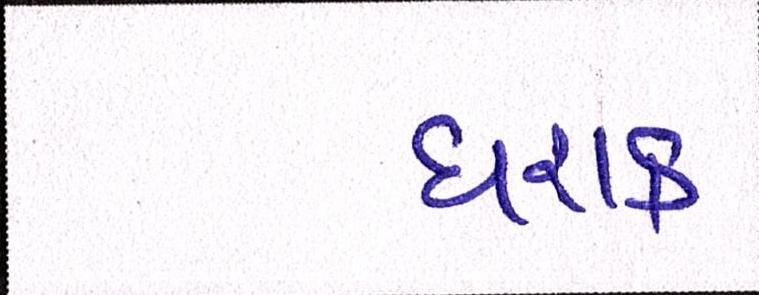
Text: ઘરાક